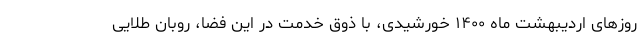
روزهای اردیبهشت ماه ۱۴۰۰ خورشیدی، با ذوق خدمت در این فضا، روبان طلایی